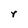
Character: Y